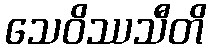
သေဝိဿသီတိ